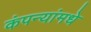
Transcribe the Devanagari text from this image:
कंपन्यांमधे